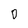
Character: 0